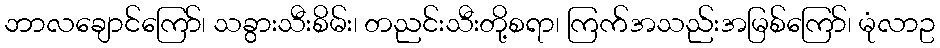
ဘာလချောင်ကြော်၊ သခွားသီးစိမ်း၊ တညင်းသီးတို့စရာ၊ ကြက်အသည်းအမြစ်ကြော်၊ မုံလာဥ